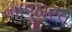
બાજીરવ